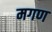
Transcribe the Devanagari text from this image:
मगण